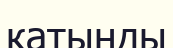
катынды